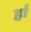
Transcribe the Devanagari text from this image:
र्हा